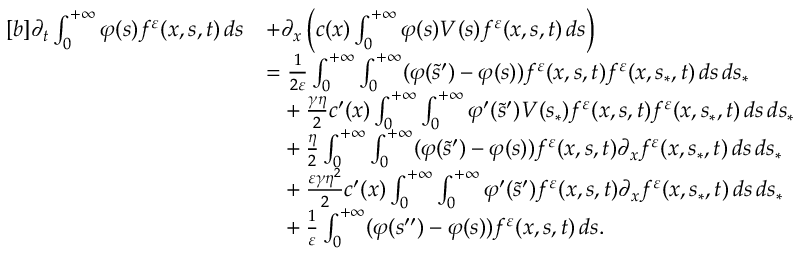
\begin{array} { r } { \begin{array} { r l } { [ b ] \partial _ { t } \int _ { 0 } ^ { + \infty } \varphi ( s ) f ^ { \varepsilon } ( x , s , t ) \, d s } & { + \partial _ { x } \left( c ( x ) \int _ { 0 } ^ { + \infty } \varphi ( s ) V ( s ) f ^ { \varepsilon } ( x , s , t ) \, d s \right) } \\ & { = \frac { 1 } { 2 \varepsilon } \int _ { 0 } ^ { + \infty } \int _ { 0 } ^ { + \infty } ( \varphi ( \tilde { s } ^ { \prime } ) - \varphi ( s ) ) f ^ { \varepsilon } ( x , s , t ) f ^ { \varepsilon } ( x , s _ { \ast } , t ) \, d s \, d s _ { \ast } } \\ & { \phantom { = } + \frac { \gamma \eta } { 2 } c ^ { \prime } ( x ) \int _ { 0 } ^ { + \infty } \int _ { 0 } ^ { + \infty } \varphi ^ { \prime } ( \tilde { s } ^ { \prime } ) V ( s _ { \ast } ) f ^ { \varepsilon } ( x , s , t ) f ^ { \varepsilon } ( x , s _ { \ast } , t ) \, d s \, d s _ { \ast } } \\ & { \phantom { = } + \frac { \eta } { 2 } \int _ { 0 } ^ { + \infty } \int _ { 0 } ^ { + \infty } ( \varphi ( \tilde { s } ^ { \prime } ) - \varphi ( s ) ) f ^ { \varepsilon } ( x , s , t ) \partial _ { x } f ^ { \varepsilon } ( x , s _ { \ast } , t ) \, d s \, d s _ { \ast } } \\ & { \phantom { = } + \frac { \varepsilon \gamma \eta ^ { 2 } } { 2 } c ^ { \prime } ( x ) \int _ { 0 } ^ { + \infty } \int _ { 0 } ^ { + \infty } \varphi ^ { \prime } ( \tilde { s } ^ { \prime } ) f ^ { \varepsilon } ( x , s , t ) \partial _ { x } f ^ { \varepsilon } ( x , s _ { \ast } , t ) \, d s \, d s _ { \ast } } \\ & { \phantom { = } + \frac { 1 } { \varepsilon } \int _ { 0 } ^ { + \infty } ( \varphi ( s ^ { \prime \prime } ) - \varphi ( s ) ) f ^ { \varepsilon } ( x , s , t ) \, d s . } \end{array} } \end{array}